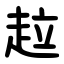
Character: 趇